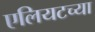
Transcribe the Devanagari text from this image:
एलियटच्या